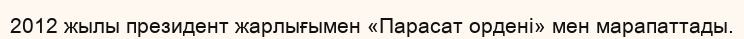
2012 жылы президент жарлығымен «Парасат ордені» мен марапаттады.